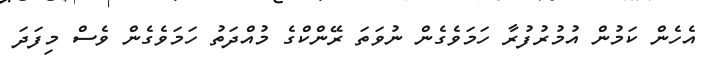
އެހެން ކަމުން އުމުރުފުރާ ހަމަވެގެން ނުވަތަ ރޭންކްގެ މުއްދަތު ހަމަވެގެން ވެސް މިފަދަ